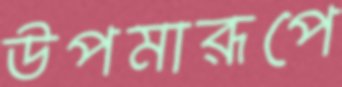
উপমারূপে